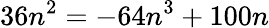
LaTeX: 36n^{2}=-64n^{3}+100n